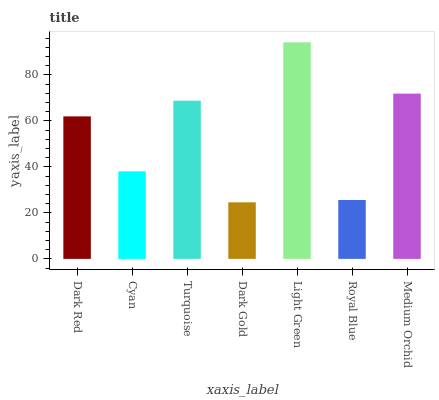
| xaxis_label | bars |
 | --- | --- |
 | Dark Red | 62 |
 | Cyan | 38.1 |
 | Turquoise | 68.8 |
 | Dark Gold | 24.6 |
 | Light Green | 94.2 |
 | Royal Blue | 25.6 |
 | Medium Orchid | 71.9 |